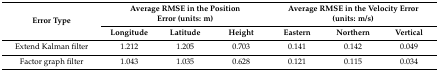
| <ROWSPAN=2> Error Type | <COLSPAN=3> Average RMSE in the Position Error (units: m) | <COLSPAN=3> Average RMSE in the Velocity Error (units: m/s) |
 | Longitude | Latitude | Height | Eastern | Northern | Vertical |
 | --- | --- | --- | --- | --- | --- | --- |
 | Extend Kalman filter | 1.212 | 1.205 | 0.703 | 0.141 | 0.142 | 0.049 |
 | Factor graph filter | 1.043 | 1.035 | 0.628 | 0.121 | 0.115 | 0.034 |